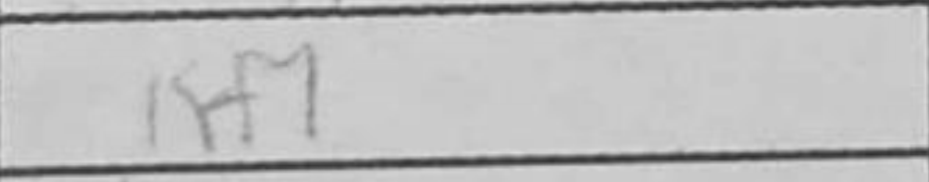
Transcription: Kf7